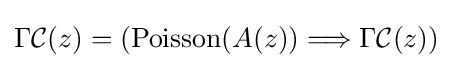
\Gamma {\mathcal {C}}(z)=\left(\operatorname {Poisson} (A(z))\Longrightarrow \Gamma {\mathcal {C}}(z)\right)